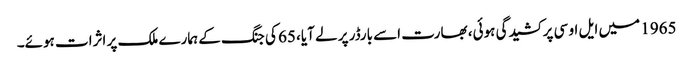
1965 میں ایل او سی پر کشیدگی ہوئی، بھارت اسے بارڈر پر لے آیا، 65 کی جنگ کے ہمارے ملک پر اثرات ہوئے۔